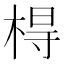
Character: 棏